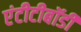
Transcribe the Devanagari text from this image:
एंटीटीबॉडी